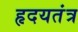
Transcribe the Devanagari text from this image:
हृदयतंत्र